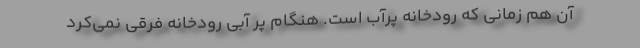
آن هم زمانی که رودخانه پرآب است. هنگام پر آبی رودخانه فرقی نمی‌کرد